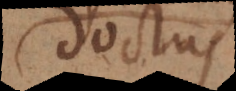
doctus